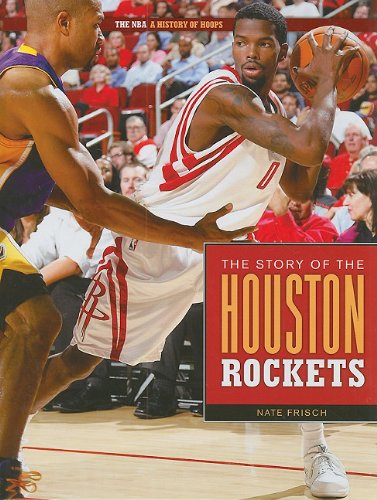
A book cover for The Story of the Houston Rockets (The NBA: a History of Hoops); Nate Frisch; Teen & Young Adult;